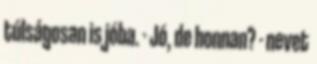
túlságosan is jóba. - Jó, de honnan? - nevet